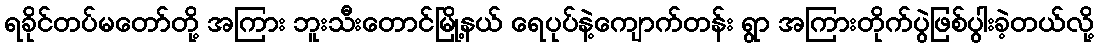
ရခိုင်တပ်မတော်တို့ အကြား ဘူးသီးတောင်မြို့နယ် ရေပုပ်နဲ့ကျောက်တန်း ရွာ အကြားတိုက်ပွဲဖြစ်ပွါးခဲ့တယ်လို့